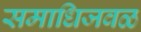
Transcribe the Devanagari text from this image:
समाधिजवळ